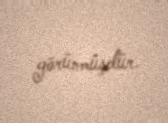
görünmüşdür.